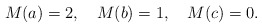
\begin{align*} M(a)=2, \ \ \ M(b) =1, \ \ \ M(c) =0. \end{align*}